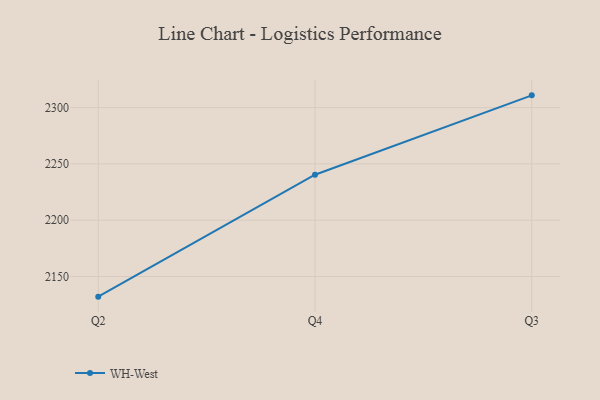
{"axis": {"x": "Quarter", "y": "Backlog"}, "legend": ["WH-West"], "data": [{"x": "Q2", "y": 2132.1, "type": "WH-West"}, {"x": "Q4", "y": 2240.4, "type": "WH-West"}, {"x": "Q3", "y": 2310.9, "type": "WH-West"}]}